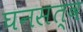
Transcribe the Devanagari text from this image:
घनसत्व